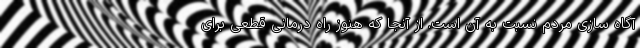
آگاه سازی مردم نسبت به آن است. از آنجا که هنوز راه درمانی قطعی برای